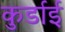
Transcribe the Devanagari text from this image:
कुर्डाई